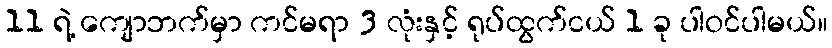
11 ရဲ့ ကျောဘက်မှာ ကင်မရာ 3 လုံးနှင့် ရုပ်ထွက်ငယ် 1 ခု ပါဝင်ပါမယ်။